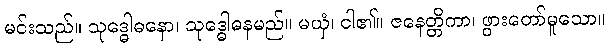
မင်းသည်။ သုဒ္ဓေါဓနော၊ သုဒ္ဓေါဓနမည်။ မယှံ၊ ငါ၏။ ဇနေတ္တိကာ၊ ဖွားတော်မူသော။